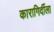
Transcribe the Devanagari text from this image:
कारागिर्दीला